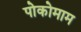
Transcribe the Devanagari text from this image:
पोकोमाम